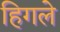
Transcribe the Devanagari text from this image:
हिगले